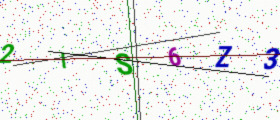
Text: 2IS6Z3